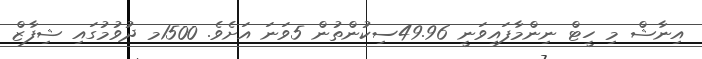
އިނާޝް މި ހީޓް ނިންމާފައިވަނީ 49.96ސިކުންތުން 5ވަނަ އަށެވެ. 1500މ ދުވުމުގައި ޝިފާޒް